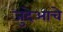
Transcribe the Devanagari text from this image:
जुदेआचे